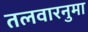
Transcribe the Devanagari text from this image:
तलवारनुमा